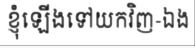
ខ្ញុំឡើងទៅយកវិញ-ឯង